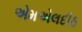
એમએલદીઠ